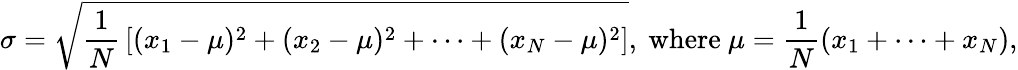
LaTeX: \sigma={\sqrt{{\frac{1}{N}}\left[(x_{1}-\mu)^{2}+(x_{2}-\mu)^{2}+\cdots+(x_{N}-\mu)^{2}\right]}},{\mathrm{~where~}}\mu={\frac{1}{N}}(x_{1}+\cdots+x_{N}),